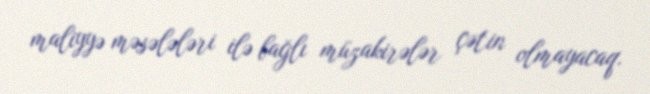
maliyyə məsələləri ilə bağlı müzakirələr çətin olmayacaq.